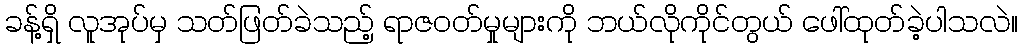
ခန့်ရှိ လူအုပ်မှ သတ်ဖြတ်ခဲသည့် ရာဇဝတ်မှုများကို ဘယ်လိုကိုင်တွယ် ဖေါ်ထုတ်ခဲ့ပါသလဲ။